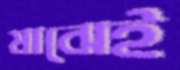
মাঝেই